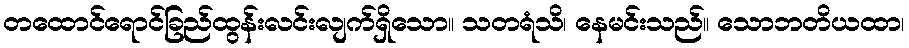
တထောင်ရောင်ခြည်ထွန်းလင်းလျက်ရှိသော။ သတရံသိ၊ နေမင်းသည်။ သောဘတိယထာ၊